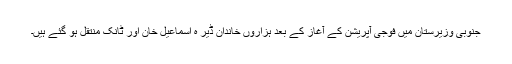
جنوبی وزیرستان میں فوجی آپریشن کے آغاز کے بعد ہزاروں خاندان ڈیر ہ اسماعیل خان اور ٹانک منتقل ہو گئے ہیں۔